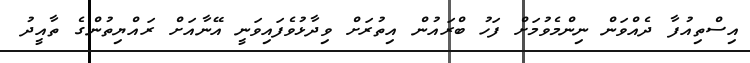
އިސްތިއުފާ ދެއްވަން ނިންމެވުމަށް ފަހު ބްރައުން އިތުރަށް ވިދާޅުވެފައިވަނީ އޭނާއަށް ރައްޔިތުންގެ ތާއީދު